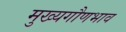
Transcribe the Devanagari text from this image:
मुख्यगौणभाव